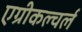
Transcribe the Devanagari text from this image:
एग्रीकल्चर्ल